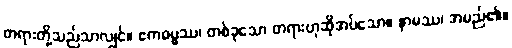
တရားတို့သည်သာလျှင်။ ဧကဓမ္မဿ၊ တစ်ခုသော တရားဟုဆိုအပ်သော။ နာမဿ၊ အမည်၏။